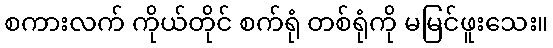
စကားလက် ကိုယ်တိုင် စက်ရုံ တစ်ရုံကို မမြင်ဖူးသေး။